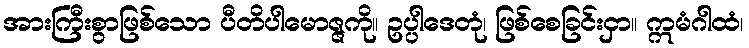
အားကြီးစွာဖြစ်သော ပီတိပါမောဇ္ဇကို။ ဥပ္ပါဒေတုံ၊ ဖြစ်စေခြင်းငှာ။ ဣမံဂါထံ၊